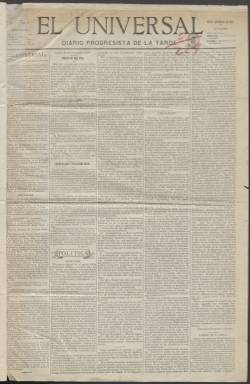
Título: El Universal (Madrid. 1867)
Colección: Periódicos
Ámbito geográfico: Madrid
Lugar de publicación: Madrid
Fechas: 30/12/1867-13/06/1872